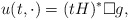
\begin{align*}u(t,\cdot )=(tH)^{*}\Box g, \end{align*}